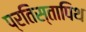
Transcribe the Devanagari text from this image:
प्रतिस्तापिथ